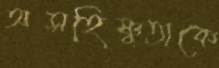
অসহিষ্ণুতাকে